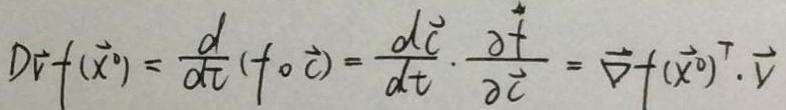
$D\vec{v}f(\vec{x}^0)=\frac{d}{dt}(f\circ\vec{c})=\frac{d\vec{c}}{dt}\cdot\frac{\partial f}{\partial\vec{c}}=\vec{\nabla}f(\vec{x}^0)^T\cdot\vec{v}$